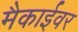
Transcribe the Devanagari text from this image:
मैकाईवर